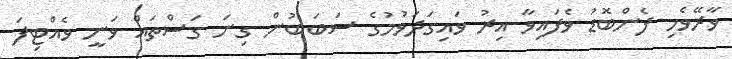
ވާރޭވެހި ފެންބޮޑު ވެފައިވާ އިރު ވައިގަދަވުމުގެ ސަބަބުން ގިނަ ގަސްތައް ވަނީ ވެއްޓިފަ